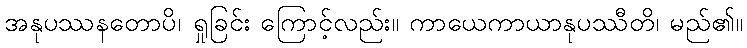
အနုပဿနတောပိ၊ ရှုခြင်း ကြောင့်လည်း။ ကာယေကာယာနုပဿီတိ၊ မည်၏။